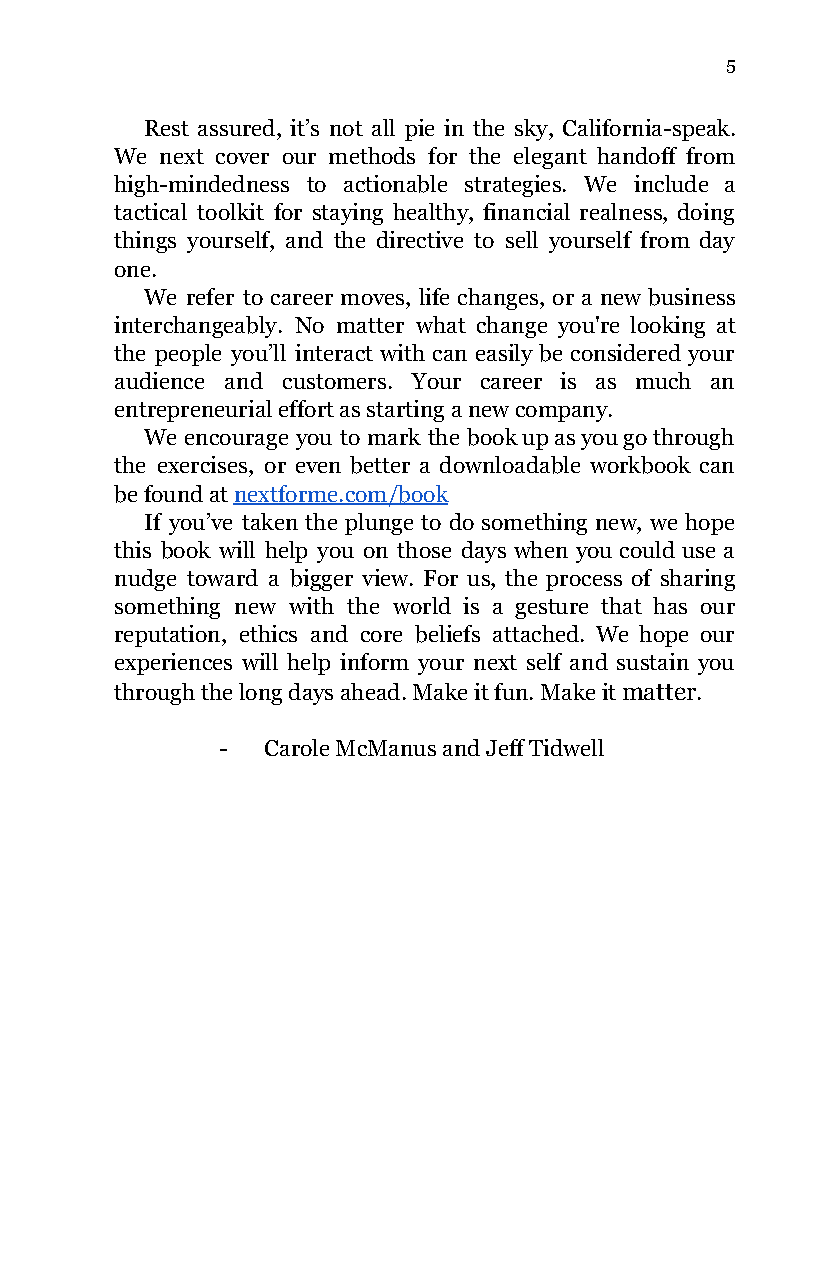
5
 Rest assured, it’s not all pie in the sky, California-speak.
 We next cover our methods for the elegant handoff from
 high-mindedness to actionable strategies. We include a
 tactical toolkit for staying healthy, financial realness, doing
 things yourself, and the directive to sell yourself from day
 one.
 We refer to career moves, life changes, or a new business
 interchangeably. No matter what change you're looking at
 the people you’ll interact with can easily be considered your
 audience and customers. Your career is as much an
 entrepreneurial effort as starting a new company.
 We encourage you to mark the book up as you go through
 the exercises, or even better a downloadable workbook can
 be found at nextforme.com/book
 ​
 If you’ve taken the plunge to do something new, we hope
 this book will help you on those days when you could use a
 nudge toward a bigger view. For us, the process of sharing
 something new with the world is a gesture that has our
 reputation, ethics and core beliefs attached. We hope our
 experiences will help inform your next self and sustain you
 through the long days ahead. Make it fun. Make it matter.
 ​    ​
 -  Carole McManus and Jeff Tidwell